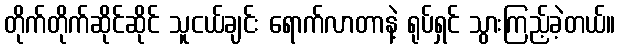
တိုက်တိုက်ဆိုင်ဆိုင် သူငယ်ချင်း ရောက်လာတာနဲ့ ရုပ်ရှင် သွားကြည့်ခဲ့တယ်။